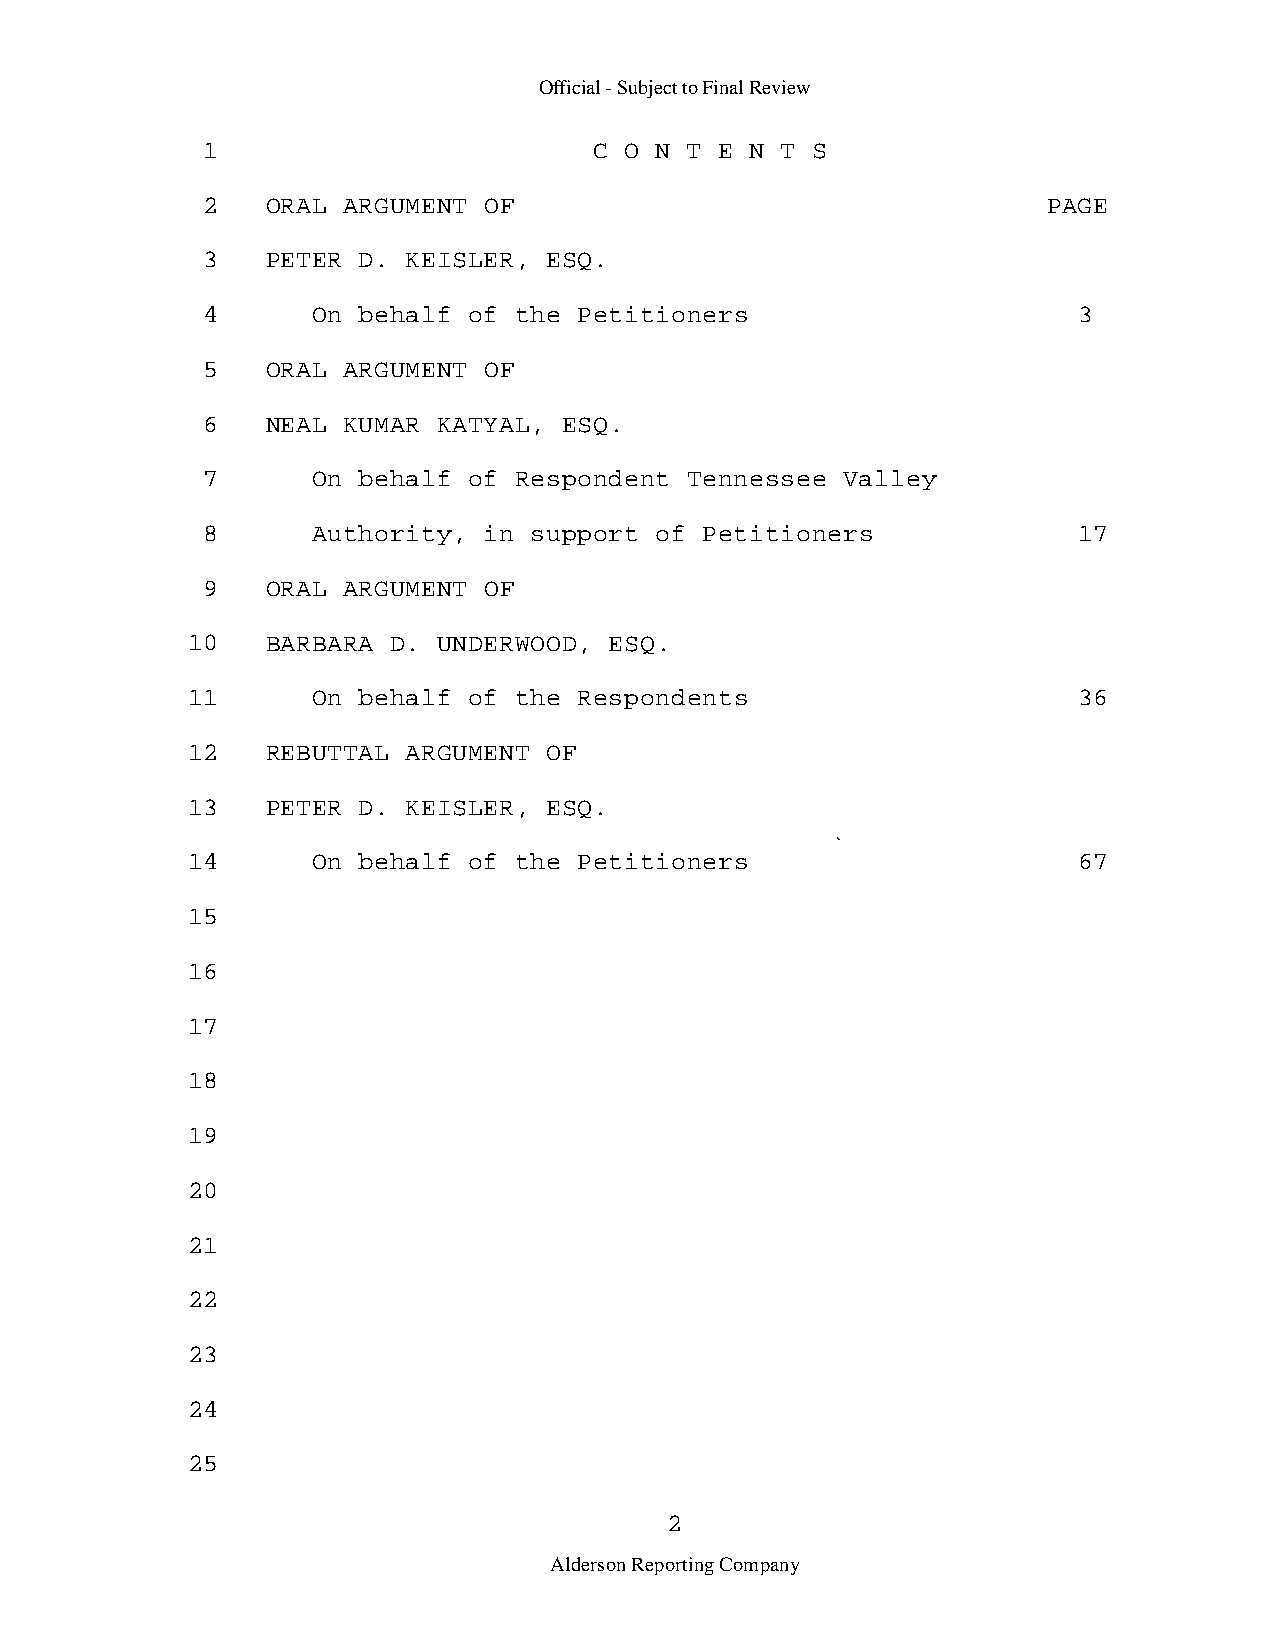
Official - Subject to Final Review
 1                         C O N  T E N T S
 2    ORAL ARGUMENT OF                                   PAGE
 3    PETER D. KEISLER, ESQ.
 4       On behalf of the Petitioners                      3
 5    ORAL ARGUMENT OF
 6    NEAL KUMAR KATYAL, ESQ.
 7       On behalf of Respondent  Tennessee Valley
 8       Authority, in support of  Petitioners             17
 9    ORAL ARGUMENT OF
 10    BARBARA D. UNDERWOOD, ESQ.
 11       On behalf of the Respondents                      36
 12    REBUTTAL ARGUMENT OF
 13    PETER D. KEISLER, ESQ.
 14       On behalf of the Petitioners                      67
 15
 16
 17
 18
 19
 20
 21
 22
 23
 24
 25
 2
 Alderson Reporting Company